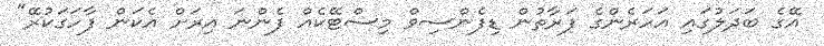
އޭގެ ބަދަލުގައި އަހަރެންގެ ފަރާތުން ޑިފެންސިވް މިސްޓޭކެއް ފެންނަ އިރަށް އެކަން ފާހަގަކުރޭ"